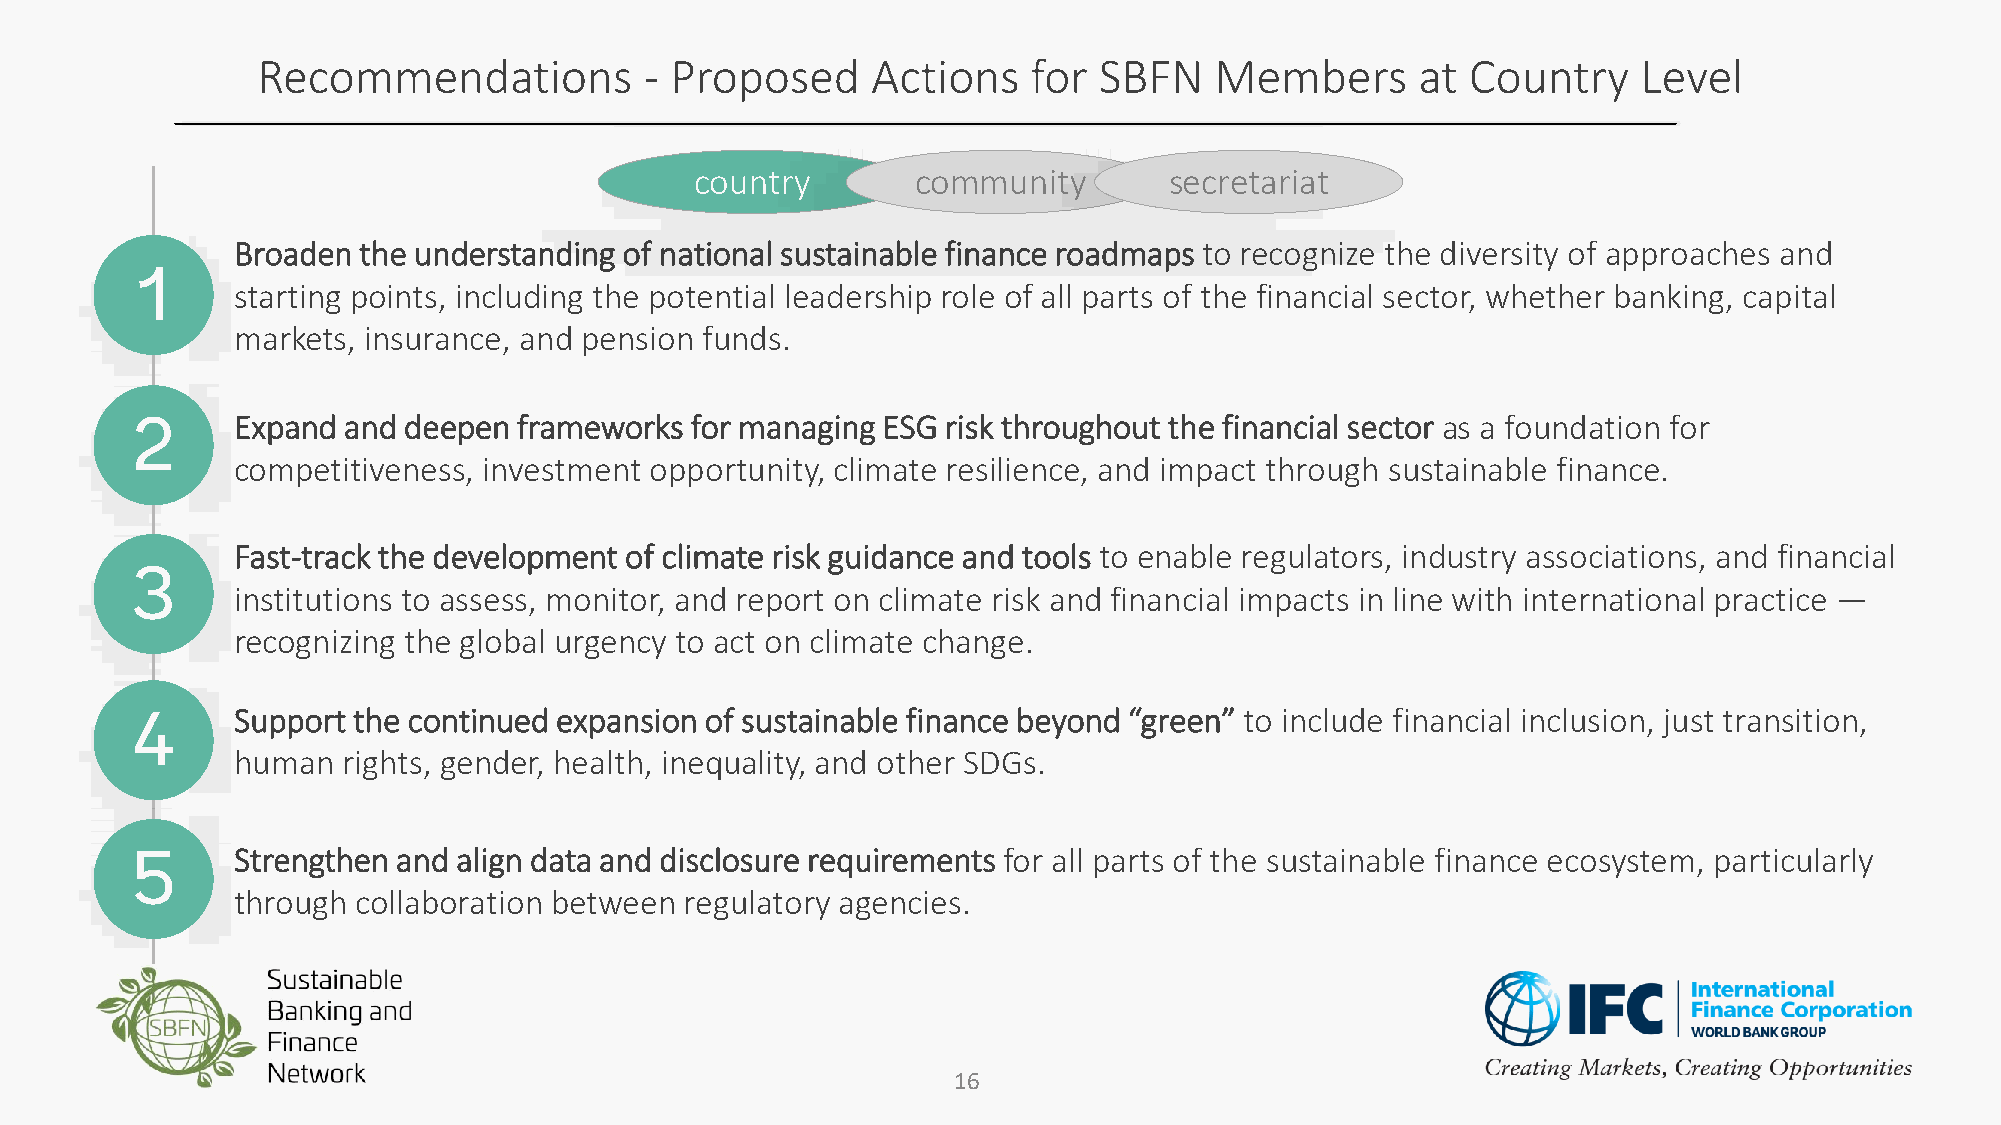
Recommendations           - Proposed     Actions   for  SBFN   Members       at Country     Level
 country        community       secretariat
 Broaden  the understanding of national sustainable finance roadmaps to recognize the diversity of approaches and
 starting points, including the potential leadership role of all parts of the financial sector, whether banking, capital
 markets, insurance, and pension funds.
 Expand  and deepen frameworks  for managing ESG risk throughout the financial sector as a foundation for
 competitiveness, investment opportunity, climate resilience, and impact through sustainable finance.
 Fast-track the development of climate risk guidance and tools to enable regulators, industry associations, and financial
 institutions to assess, monitor, and report on climate risk and financial impacts in line with international practice —
 recognizing the global urgency to act on climate change.
 Support the continued expansion of sustainable finance beyond “green” to include financial inclusion, just transition,
 human   rights, gender, health, inequality, and other SDGs.
 Strengthen and align data and disclosure requirements for all parts of the sustainable finance ecosystem, particularly
 through  collaboration between regulatory agencies.
 16